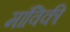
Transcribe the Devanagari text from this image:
मांविकी